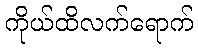
ကိုယ်ထိလက်ရောက်